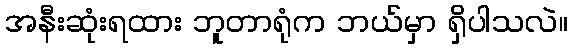
အနီးဆုံးရထား ဘူတာရုံက ဘယ်မှာ ရှိပါသလဲ။